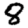
Digit: 8